Veski_algkool, lk 19
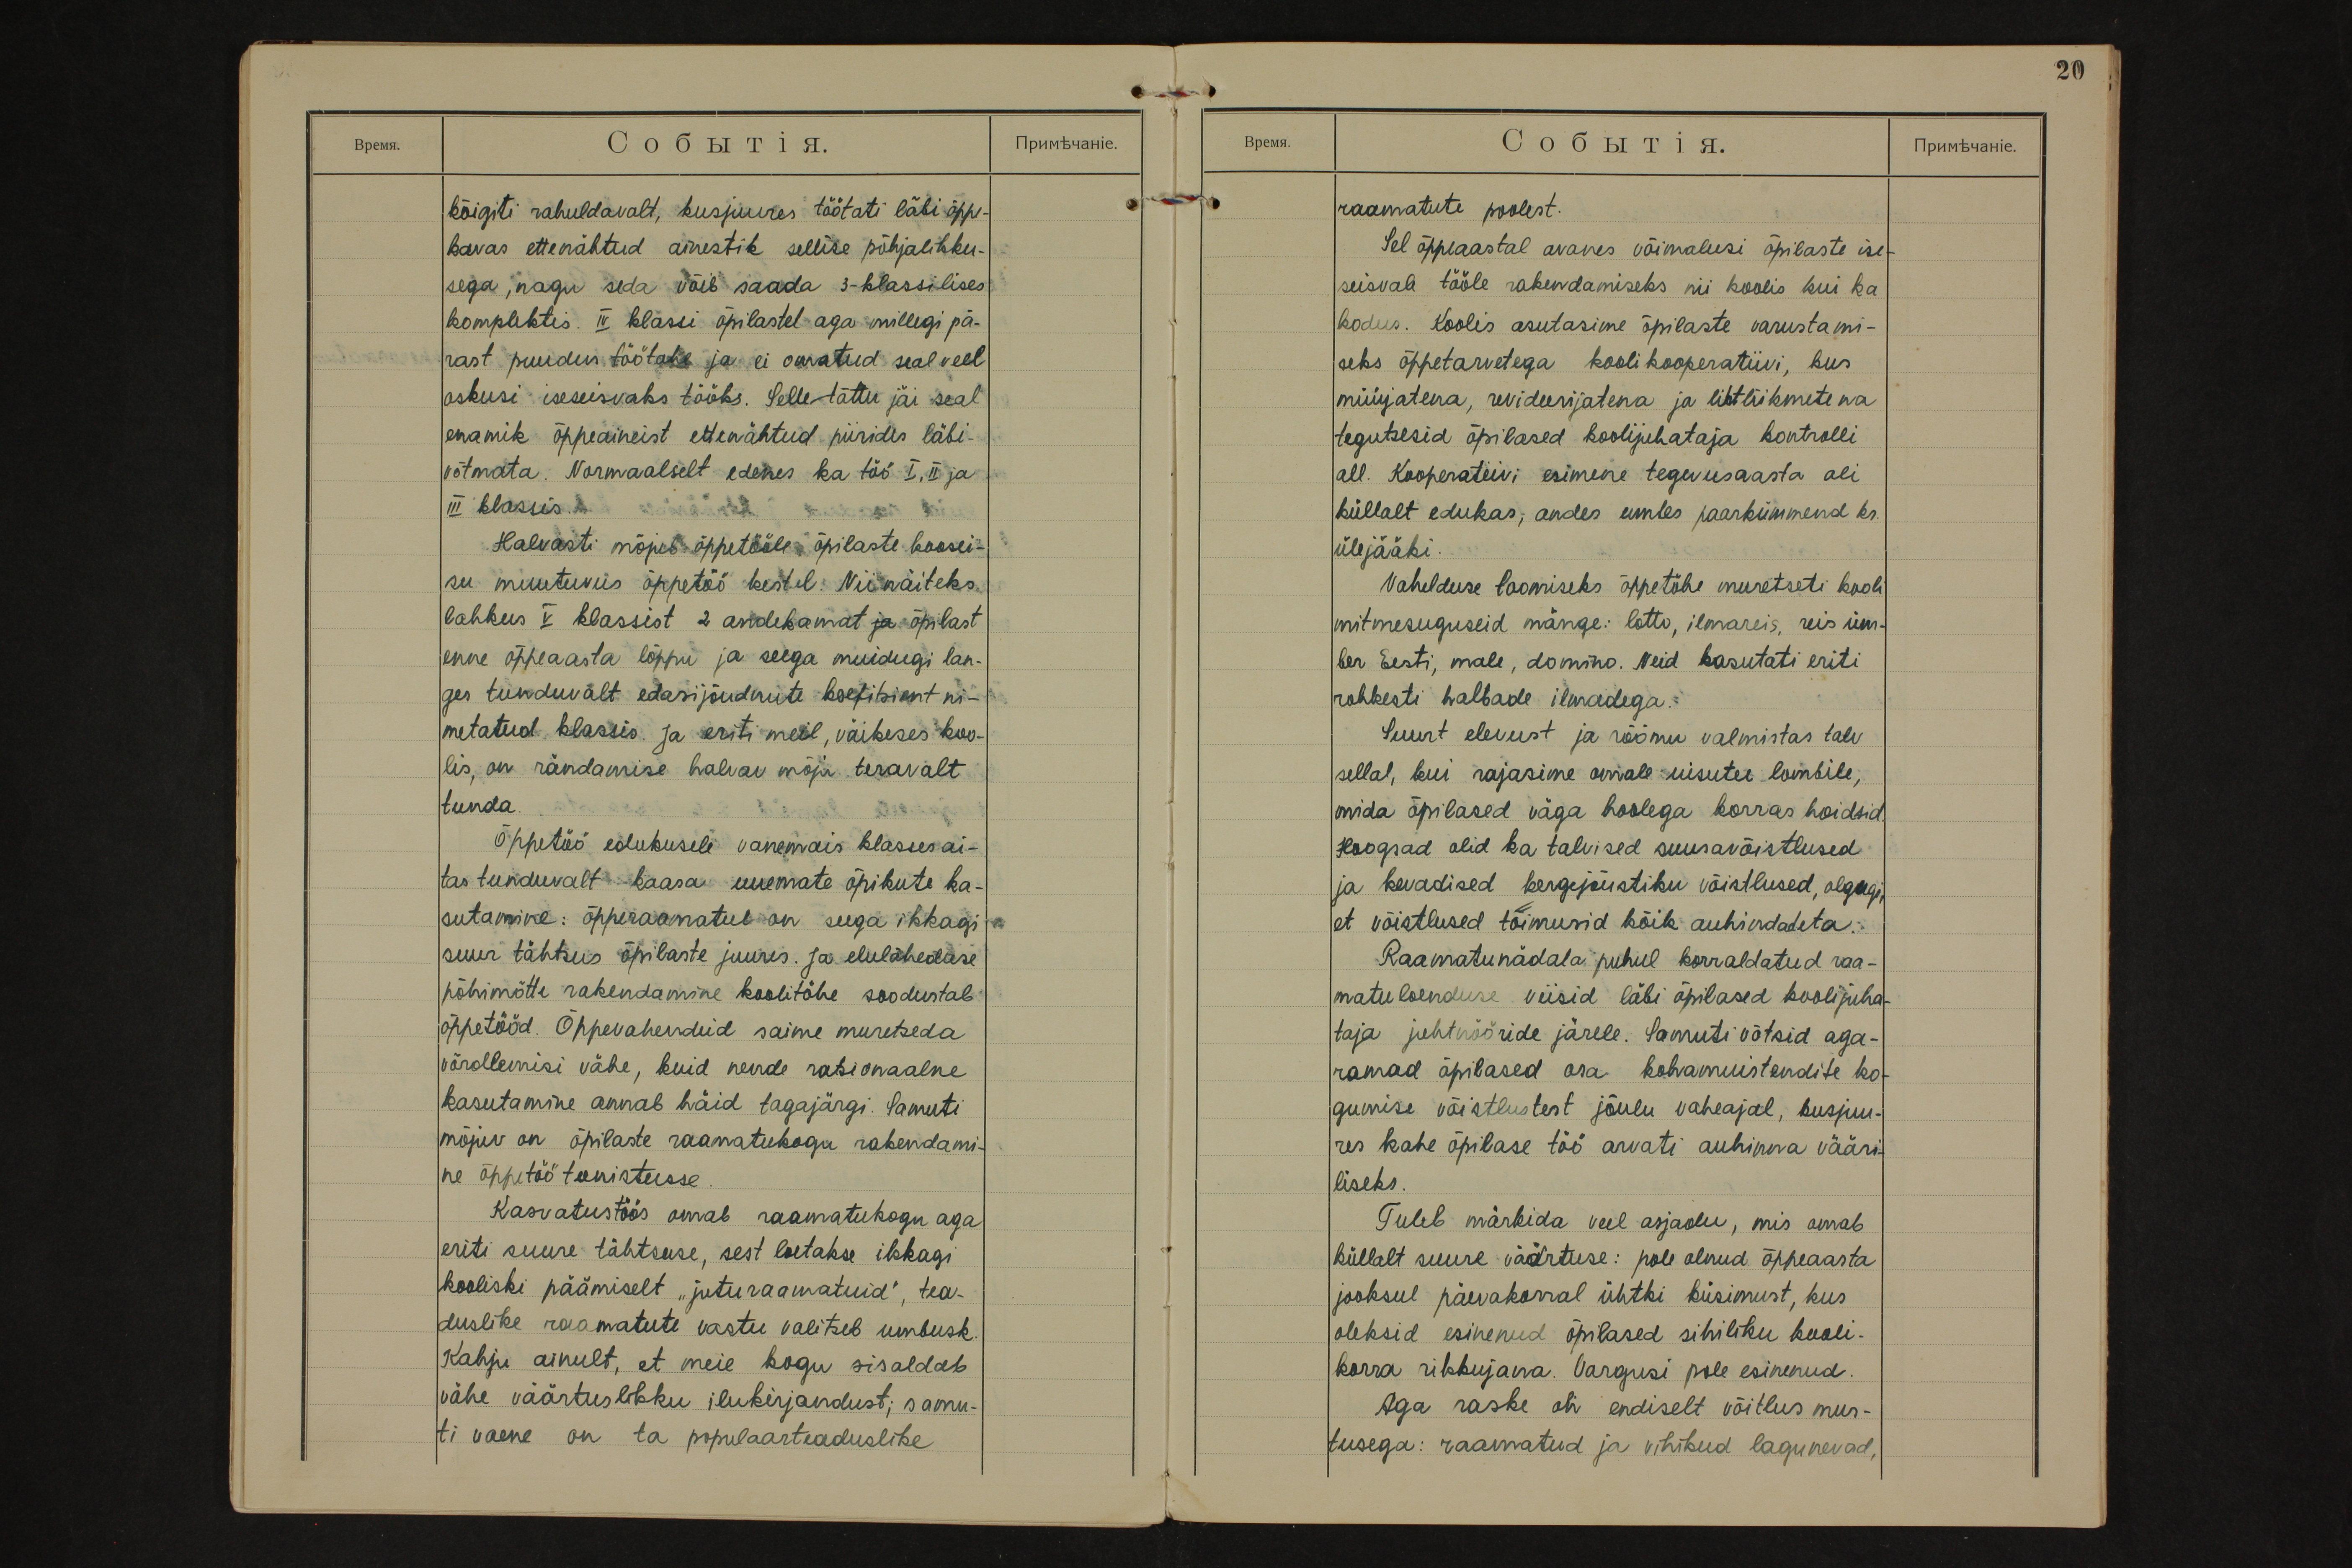
kõigiti rahuldavalt, kusjuures töötati läbi õppe-
kavas ettenähtud ainestik sellise põhjalikku-
sega, nagu seda võib saada 3-klassilises
komplektis. IV klassi õpilastel aga millegi pä-
rast puudus töötahe ja ei omatud seal veel
oskusi iseseisvaks tööks. Selle tõttu jäi seal
enamik õppeaineist ettenähtud piirides läbi-
võtmata. Normaalselt edenes ka töö I, II ja
III klassis.
Halvasti mõjub õppetööle õpilaste koosei-
su muutuvus õppetöö kestel. Nii näiteks
lahkus V klassist 2 andekamat ja õpilast
enne õppeaasta lõppu ja seega muidugi lan-
ges tunduvalt edasijõudnute koefitsient ni-
metatud klassis. Ja eriti meil, väikeses koo-
lis, on rändamise halvav mõju teravalt
tunda.
Õppetöö edukusele vanemais klasses ai-
tas tunduvalt kaasa uuemate õpikute ka-
sutamine: õpperaamatul on seega ikkagi
suur tähtsus õpilaste juures. Ja elulähedase
põhimõtte rakendamine koolitöhe soodustab
õppetööd. Õppevahendeid saime muretseda
võrdlemisi vähe, kuid nende ratsionaalne
kasutamine annab häid tagajärgi. Samuti
mõjuv on õpilaste raamatukogu rakendami-
ne õppetöö teenistusse.
Kasvatustöös omab raamatukogu aga
eriti suure tähtsuse, sest loetakse ikkagi
kooliski päämiselt "juturaamatuid", tea-
duslike raamatute vastu valitseb umbusk.
Kahju ainult, et meie kogu sisaldab
vähe väärtuslikku ilukirjandust; samu-
ti vaene on ta populaarteaduslike

20
raamatute poolest.
Sel õppeaastal avanes võimalusi õpilaste ise-
seisvale tööle rakendamiseks nii koolis kui ka
kodus. Koolis asutasime õpilaste varustami-
seks õppetarvetega koolikooperatiivi, kus
müüjatena, revideerijatena ja lihtliikmetena
tegutsesid õpilased koolijuhataja kontrolli
all. Kooperatiivi esimene tegevusaasta oli
küllalt edukas, andes umbes paarkümmend kr.
ülejääki.
Vahelduse loomiseks õppetöhe muretseti kooli
mitmesuguseid mänge: lotto, ilmareis, reis üm-
ber Eesti, male, domino. Neid kasutati eriti
rohkesti halbade ilmadega.
Suurt elevust ja rõõmu valmistas talv
sellal, kui rajasime omale uisutee lombile,
mida õpilased väga hoolega korras hoidsid.
Hoogsad olid ka talvised suusavõistlused
ja kevadised kergejõustiku võistlused, olgugi,
et võistlused toimusid kõik auhindadeta.
Raamatunädala puhul korraldatud raa-
matuloenduse viisid läbi õpilased koolijuha-
taja juhtnööride järele. Samuti võtsid aga-
ramad õpilased osa kohamuistendite ko-
gumise võistlustest jõulu vaheajal, kusjuu-
res kahe õpilase töö arvati auhinna vääri-
liseks.
Tuleb märkida veel asjaolu, mis omab
küllalt suure väärtuse: pole olnud õppeaasta
jooksul päevakorral ühtki küsimust, kus
oleksid esinenud õpilased sihiliku kooli-
korra rikkujana. Vargusi pole esinenud.
Aga raske oli endiselt võitlus mus-
tusega: raamatud ja vihikud lagunevad,